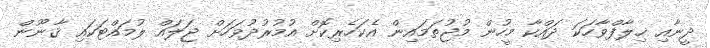
ދީނާއި ޚިލާފްވާހަކަ ދައްކާ މީހުން މުޖުތަމައިން އެކަހެރިކޮށް އުމުރުދުވަހަށް ޖަލައް ލުމައްޓަކައި ޤާނޫން